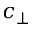
c _ { \perp }